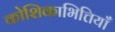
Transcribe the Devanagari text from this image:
कोशिकाभित्तियाँ